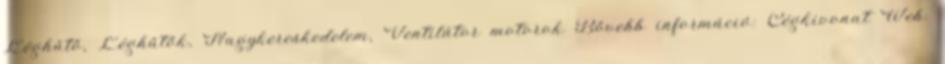
Léghűtő, Léghűtők, Nagykereskedelem, Ventilátor motorok Bővebb információ: Cégkivonat Web: